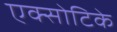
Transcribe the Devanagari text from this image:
एक्सोटिके